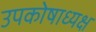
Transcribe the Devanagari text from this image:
उपकोषाध्यक्ष